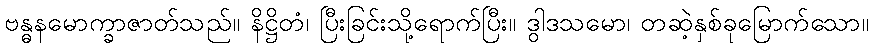
ဗန္ဓနမောက္ခာဇာတ်သည်။ နိဋ္ဌိတံ၊ ပြီးခြင်းသို့ရောက်ပြီး။ ဒွါဒသမော၊ တဆဲ့နှစ်ခုမြောက်သော။